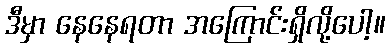
ဒီမှာ နေနေရတာ အကြောင်းရှိလို့ပေါ့။